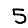
Digit: 5